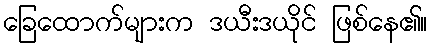
ခြေထောက်များက ဒယီးဒယိုင် ဖြစ်နေ၏။